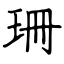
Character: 珊